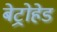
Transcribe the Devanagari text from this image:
बेट्रोहेड